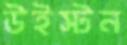
উইস্টন